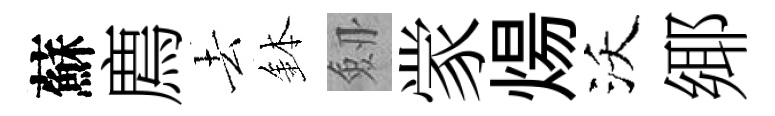
蘇廌去鉢劔䝉煬沃鄊